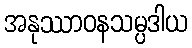
အနုဿာဝနသမ္ပဒါယ